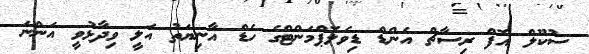
ސުކޫލް އޮފް ރިސާޗް އެންޑް ޑިވެލޮޕްމަންޓްގެ ހެޑް އާނިޔަތު އަލީ ވިދާޅުވީ އަންނަ